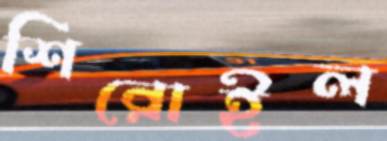
শিরোইল